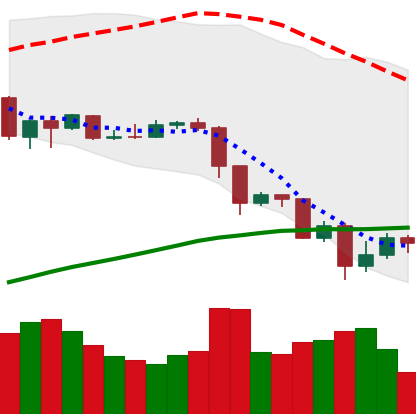
Ticker: EOS-USD
Chart end date: 2019-07-19
Forward return: 13.686%
Label: up_7plus